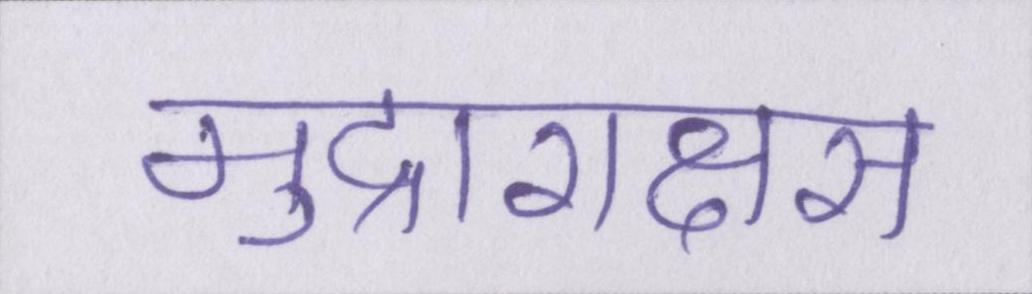
मुद्राराक्षस